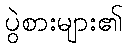
ပွဲစားများ၏